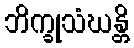
ဘိက္ခုသံဃန္တိ